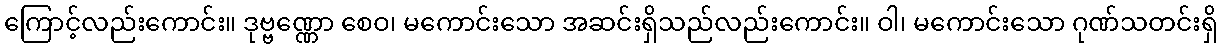
ကြောင့်လည်းကောင်း။ ဒုဗ္ဗဏ္ဏော စေဝ၊ မကောင်းသော အဆင်းရှိသည်လည်းကောင်း။ ဝါ၊ မကောင်းသော ဂုဏ်သတင်းရှိ